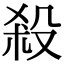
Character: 殺